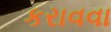
કરાવવા